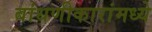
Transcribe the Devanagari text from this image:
बांधणीकारांमध्ये